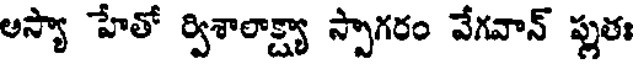
అస్యా హేతో ర్విశాలాక్ష్యా స్పాగరం వేగవాన్ ప్లుతః